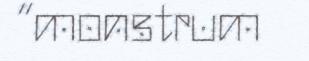
“monstrum